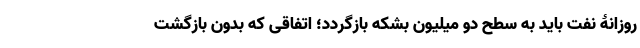
روزانۀ نفت باید به سطح دو میلیون بشکه بازگردد؛ اتفاقی که بدون بازگشت